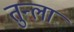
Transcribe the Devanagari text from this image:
तुन्ला